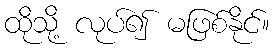
ထိုသို့ လုပ်၍ မဖြစ်နိုင်။